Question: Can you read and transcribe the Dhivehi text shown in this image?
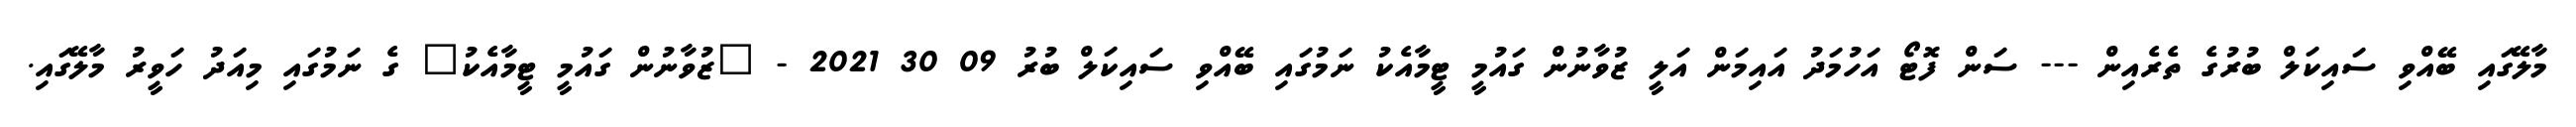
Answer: މާލޭގައި ބޭއްވި ސައިކަލް ބުރުގެ ތެރެއިން --- ސަން ފޮޓޯ އަހުމަދު އައިމަން އަލީ ޒުވާނުން ގައުމީ ޓީމާއެކު ނަމުގައި ބޭއްވި ސައިކަލް ބުރު 09 30 2021 - "ޒުވާނުން ގައުމީ ޓީމާއެކު" ގެ ނަމުގައި މިއަދު ހަވީރު މާލޭގައި.